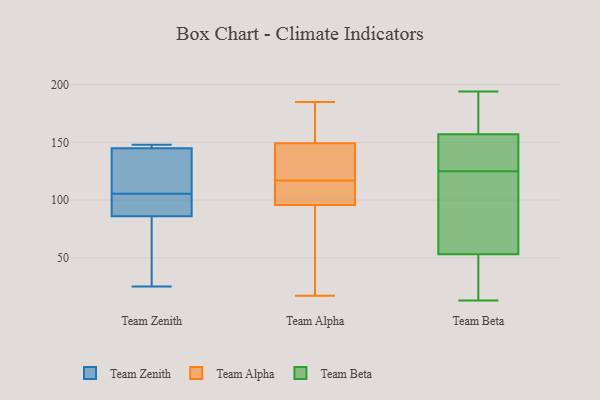
{"axis": {"x": "Bounce Rate (%)", "y": "Value"}, "legend": ["Team Alpha", "Team Beta", "Team Zenith"], "data": [{"x": "", "y": 36, "type": "Team Zenith"}, {"x": "", "y": 25, "type": "Team Zenith"}, {"x": "", "y": 104, "type": "Team Zenith"}, {"x": "", "y": 107, "type": "Team Zenith"}, {"x": "", "y": 148, "type": "Team Zenith"}, {"x": "", "y": 141, "type": "Team Zenith"}, {"x": "", "y": 99, "type": "Team Zenith"}, {"x": "", "y": 145, "type": "Team Zenith"}, {"x": "", "y": 86, "type": "Team Zenith"}, {"x": "", "y": 146, "type": "Team Zenith"}, {"x": "", "y": 118, "type": "Team Alpha"}, {"x": "", "y": 109, "type": "Team Alpha"}, {"x": "", "y": 120, "type": "Team Alpha"}, {"x": "", "y": 64, "type": "Team Alpha"}, {"x": "", "y": 83, "type": "Team Alpha"}, {"x": "", "y": 104, "type": "Team Alpha"}, {"x": "", "y": 172, "type": "Team Alpha"}, {"x": "", "y": 100, "type": "Team Alpha"}, {"x": "", "y": 117, "type": "Team Alpha"}, {"x": "", "y": 148, "type": "Team Alpha"}, {"x": "", "y": 153, "type": "Team Alpha"}, {"x": "", "y": 17, "type": "Team Alpha"}, {"x": "", "y": 185, "type": "Team Alpha"}, {"x": "", "y": 194, "type": "Team Beta"}, {"x": "", "y": 132, "type": "Team Beta"}, {"x": "", "y": 158, "type": "Team Beta"}, {"x": "", "y": 13, "type": "Team Beta"}, {"x": "", "y": 159, "type": "Team Beta"}, {"x": "", "y": 102, "type": "Team Beta"}, {"x": "", "y": 65, "type": "Team Beta"}, {"x": "", "y": 139, "type": "Team Beta"}, {"x": "", "y": 48, "type": "Team Beta"}, {"x": "", "y": 74, "type": "Team Beta"}, {"x": "", "y": 125, "type": "Team Beta"}, {"x": "", "y": 188, "type": "Team Beta"}, {"x": "", "y": 36, "type": "Team Beta"}, {"x": "", "y": 154, "type": "Team Beta"}, {"x": "", "y": 49, "type": "Team Beta"}]}